Insane asylums in Bengal annual reports 1867-1875 - 1867-1875
Year: 1867
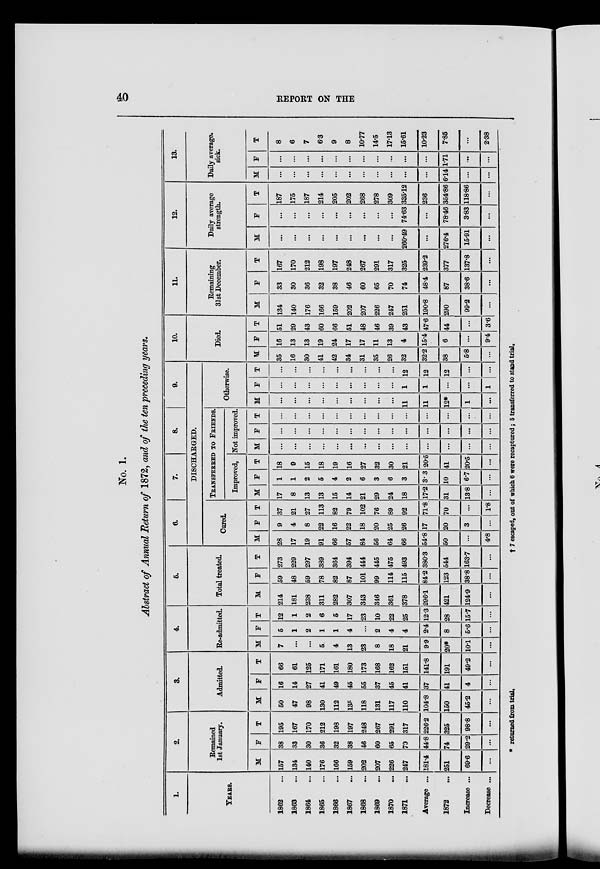
40
REPORT ON THE
No. 1.
Abstract of Annual Return of 1872, and of the ten preceding years.
1.
YEARS.
1862 ...
1863 ...
1864 ...
1865 ...
1866 ...
1867 ...
1868 ...
1869 ...
1870 ...
1871 ...
Average ...
1872 ...
Increase ...
Decrease ...
2.
Remained
1st January.
M
157
134
140
176
166
159
202
207
226
247
181.4
251
69.6
...
F
38
33
30
36
32
38
46
60
65
79
44.8
74
29.2
...
T
195
167
170
212
198
197
248
267
291
317
226.2
325
98.8
...
3.
Admitted.
M
50
47
98
130
112
135
118
131
117
110
104.8
150
45.2
...
F
16
14
27
41
49
45
55
37
45
41
37
41
4
...
T
66
61
125
171
161
180
173
168
162
151
141.8
191
49.2
...
4.
Re-admitted.
M
7
...
...
5
4
13
23
8
18
21
9.9
20*
10.1
...
F
5
1
2
1
1
4
...
2
4
4
2.4
8
5.6
...
T
12
1
2
6
5
17
23
10
22
25
12.3
28
15.7
...
5.
Total treated.
M
214
181
238
311
282
307
343
346
361
378
296.1
421
124.9
...
F
59
48
59
78
82
87
101
99
114
115
84.2
123
38.8
...
T
273
229
297
389
364
394
444
445
475
493
380.3
544
163.7
...
6.
7.
8.
9.
DISCHARGED.
Cured.
M
28
17
19
91
66
57
84
56
64
66
54.8
50
...
4.8
F
9
4
8
22
16
22
18
20
25
26
17
20
3
...
T
37
21
27
113
82
79
102
76
89
92
71.8
70
...
1.8
TRANSFERRED TO FRIENDS.
Improved.
M
17
8
13
13
15
14
21
29
24
18
17.2
31
13.8
...
F
1
1
2
5
4
2
6
3
6
3
3.3
10
6.7
...
T
18
9
15
18
19
16
27
32
30
21
20.5
41
20.5
...
Not improved.
M
...
...
...
...
...
...
...
...
...
...
...
...
...
...
F
...
...
...
...
...
...
...
...
...
...
...
...
...
...
T
...
...
...
...
...
...
...
...
...
...
...
...
...
...
Otherwise.
M
...
...
...
...
...
...
...
...
...
11
11
12*
1
...
F
...
...
...
...
...
...
...
...
...
1
1
...
...
1
T
...
...
...
...
...
...
...
...
...
12
12
12
...
...
10.
Died.
M
35
16
30
41
42
34
31
35
26
32
32.2
38
5.8
...
F
16
13
13
19
24
17
17
11
13
4
15.4
6
...
9.4
T
51
29
43
60
66
51
48
46
39
43
47.6
44
...
3 6
11.
Remaining
31st December.
M
134
140
176
166
159
202
207
226
247
251
190.8
290
99.2
...
F
33
30
36
32
38
46
60
65
70
74
48.4
87
38.6
...
T
167
170
212
198
197
248
267
291
317
325
239.2
377
137.8
...
12.
Daily average
strength.
M
...
...
...
...
...
...
...
...
...
260.49
...
276.4
15.91
...
F
...
...
...
...
...
...
...
...
...
74.63
...
78.46
3.83
...
T
187
175
187
214
205
202
268
278
309
335.12
236
354.86
118.86
...
13.
Daily average,
sick.
M
...
...
...
...
...
...
...
...
...
...
...
6.14
...
...
F
...
...
...
...
...
...
...
...
...
...
...
1.71
...
...
T
8
6
7
6.3
9
8
10.77
14.5
17.13
15.61
10.23
7.85
...
2.38
* returned
from
trial.
†
7 escaped, out of which 6 were recaptured ; 5 transferred to stand trial.